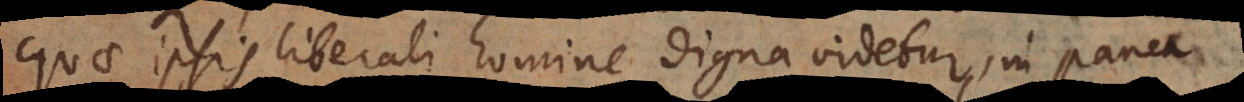
quae ipsis liberali homine digna videtur, in pauca